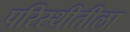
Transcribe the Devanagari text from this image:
परिस्थीतीला